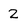
Character: 2